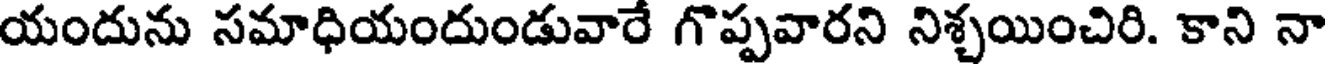
యందును సమాధియందుండువారే గొప్పవారని నిశ్చయించిరి. కాని నా